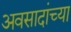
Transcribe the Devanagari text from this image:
अवसादांच्या